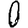
Digit: 0